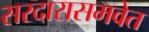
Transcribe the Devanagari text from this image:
सरदारासमवेत